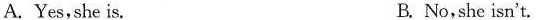
A.Yes,she is. B. No,she isn't.